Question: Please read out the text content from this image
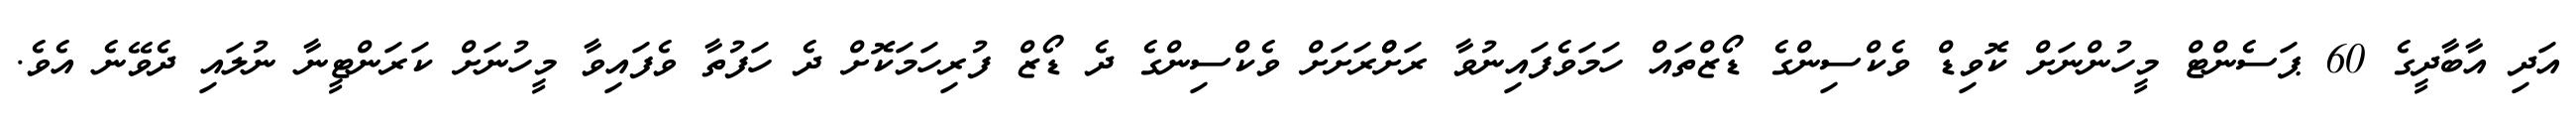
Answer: އަދި އާބާދީގެ 60 ޕަސެންޓް މީހުންނަށް ކޮވިޑް ވެކްސިންގެ ޑޯޒްތައް ހަމަވެފައިނުވާ ރަށްްރަށަށް ވެކްސިންގެ ދެ ޑޯޒް ފުރިހަމަކޮށް ދެ ހަފުތާ ވެފައިވާ މީހުނަށް ކަރަންޓީނާ ނުލައި ދެވޭނެ އެވެ.